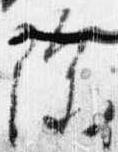
除